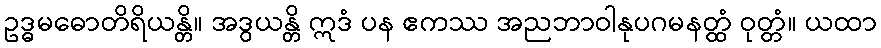
ဥဒ္ဓမဓောတိရိယန္တိ။ အဒွယန္တိ ဣဒံ ပန ဧကဿ အညဘာဝါနုပဂမနတ္ထံ ဝုတ္တံ။ ယထာ